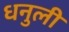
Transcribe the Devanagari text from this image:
धनुली